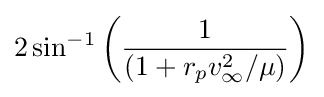
2\sin ^{-1}{\bigg (}{\frac {1}{(1+r_{p}v_{\infty }^{2}/\mu )}}{\bigg )}